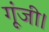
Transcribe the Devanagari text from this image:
गूंजी।